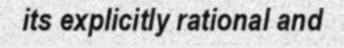
its explicitly rational and